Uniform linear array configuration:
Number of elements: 24
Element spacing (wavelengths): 0.5
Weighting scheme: binomial
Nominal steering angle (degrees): -45
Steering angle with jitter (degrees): -46.303
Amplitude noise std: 0.05
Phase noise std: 0.05

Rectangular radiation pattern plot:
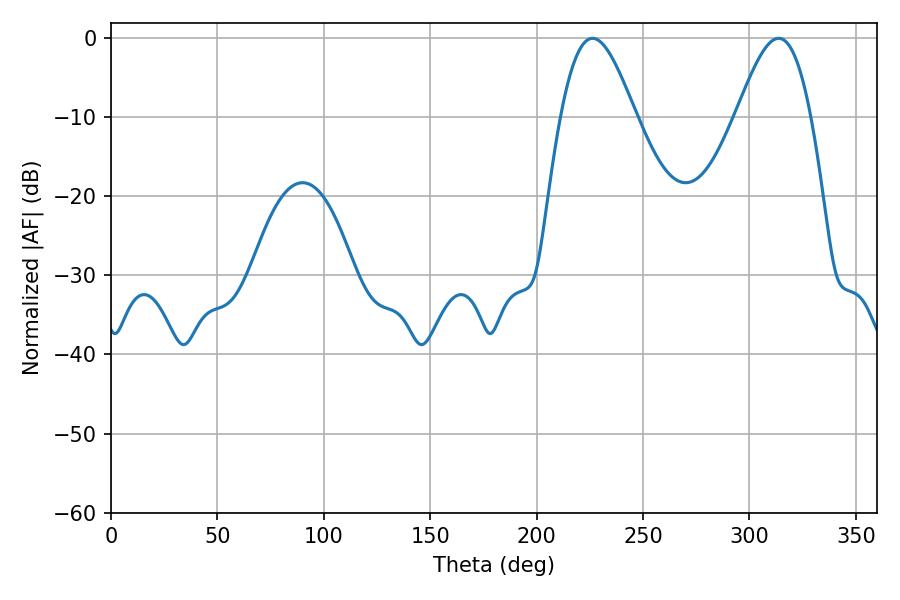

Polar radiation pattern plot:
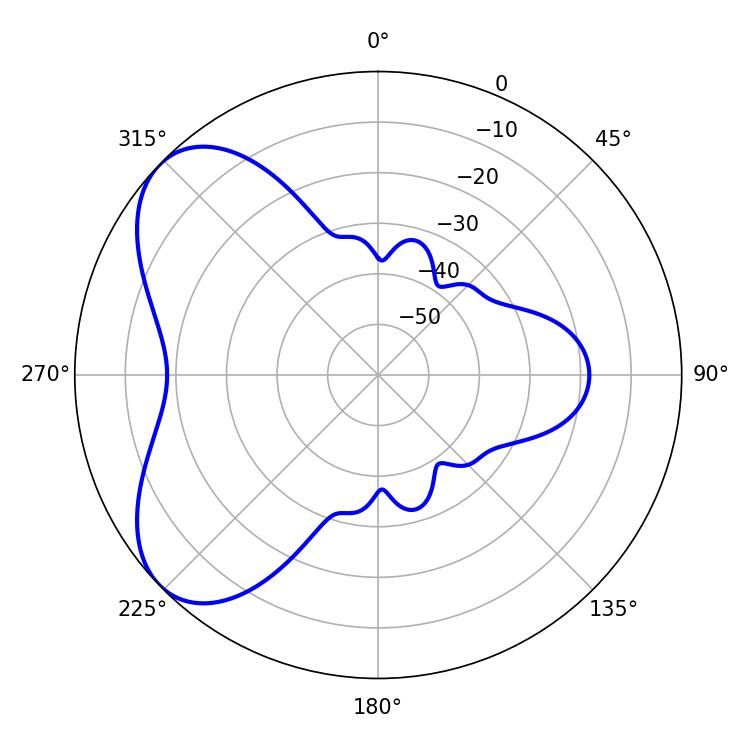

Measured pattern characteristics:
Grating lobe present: FALSE
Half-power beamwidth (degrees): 18.9
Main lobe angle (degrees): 226.26